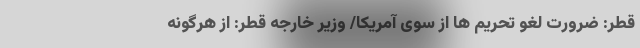
قطر: ضرورت لغو تحریم ها از سوی آمریکا/ وزیر خارجه قطر: از هرگونه